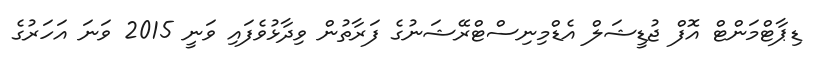
ޑިޕާޓްމަންޓް އޮފް ޖުޑީޝަލް އެޑްމިނިސްޓްރޭޝަނުގެ ފަރާތުން ވިދާޅުވެފައި ވަނީ 2015 ވަނަ އަހަރުގެ